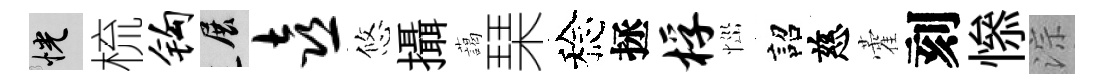
恍梳钩展喜悠攝藹琹稔拯桴𢙉詔慈藿刻𢡖淙